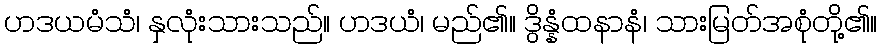
ဟဒယမံသံ၊ နှလုံးသားသည်။ ဟဒယံ၊ မည်၏။ ဒွိန္နံထနာနံ၊ သားမြတ်အစုံတို့၏။